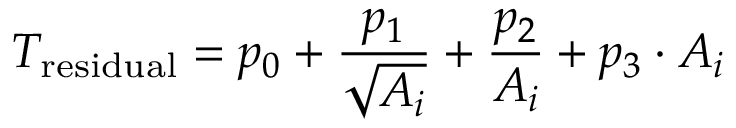
T _ { \mathrm { r e s i d u a l } } = p _ { 0 } + \frac { p _ { 1 } } { \sqrt { A _ { i } } } + \frac { p _ { 2 } } { A _ { i } } + p _ { 3 } \cdot A _ { i }